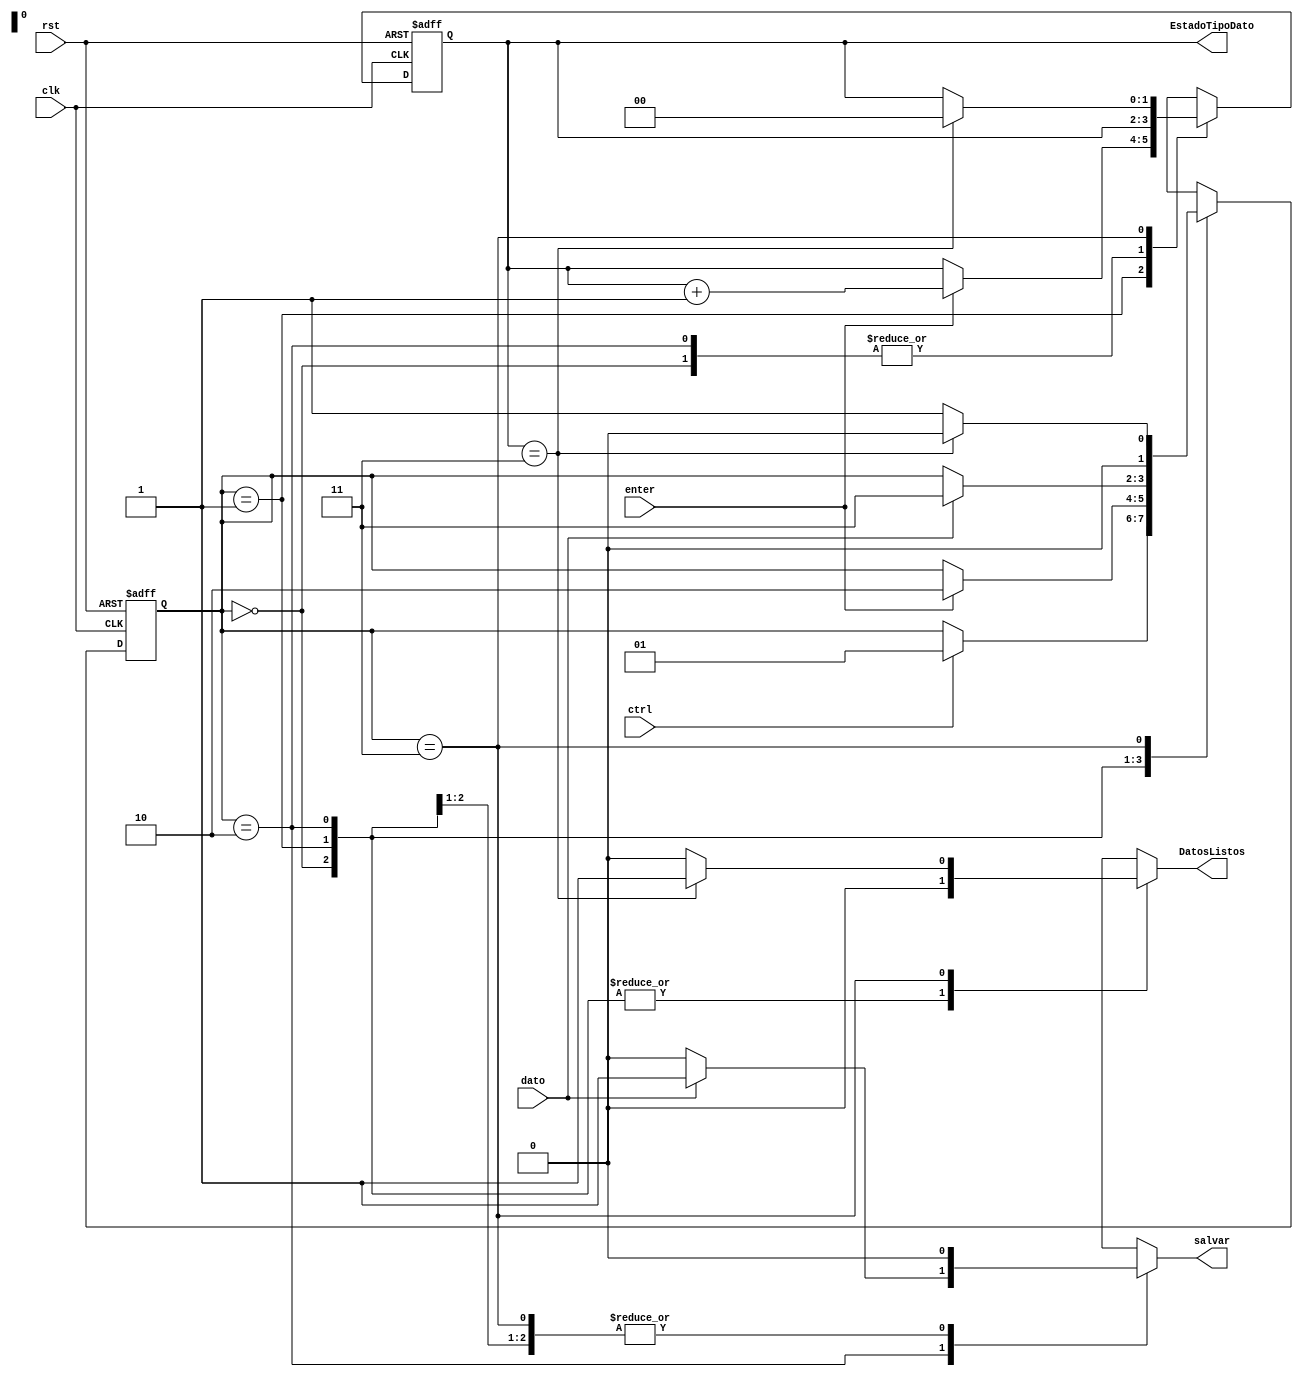
`timescale 1ns / 1ps
//////////////////////////////////////////////////////////////////////////////////
// Company: Tecnolgico de Costa Rica
// 
// Design Name: 
// Module Name:    control_ps2 
// Project Name: 
// Target Devices: 
// Tool versions: 
// Description: 
//	Mdulo encargado de diferenciar las teclas permitidas, este mdulo se encarga de establecer el protocolo 
//	entre el teclado y la unidad de deteccin de peligro.
//
// Dependencies: 
//
// Revision: 
// Revision 0.01 - File Created
// Additional Comments: 
//
//////////////////////////////////////////////////////////////////////////////////
module control_ps2(
//Variables clock y reset
	input wire clk,rst,
//Seales de control ----- dadas por el mdulo identificador de tecla
	input wire ctrl,
	input wire enter,
	input wire dato,
//--------------------------
//Salidas
	output reg salvar, // guardar dato
	output wire [1:0]EstadoTipoDato, // El tipo de dato esperado para leer y guardar
	output reg DatosListos //Seal de aviso para finalizacin de la recoleccin de datos
    );
 
 //Declaracin simblica de los estados: Inicio, Enter, Dato y Fin
	localparam [1:0]
		Inicio = 2'b00,
		Enter = 2'b01,
		Dato = 2'b10,
		Fin = 2'b11;
		
	reg [1:0] state_reg, state_next;
	//Se define el contador para generar la variable tipo de dato.
	reg [1:0] Cuenta_reg, Cuenta_next;
	 //Seal de control para determinar el fin del protocolo
	wire fin;
	//Asignacin de parada del protocolo: cuando se hayan recolectado todos los datos
	assign fin = (Cuenta_reg == 2'b11);
	//Asignacin de la salida de tipo de dato
	assign EstadoTipoDato = Cuenta_reg;
	
	//Descripcin de la mquina de estados para control
	
	//Inicio
	always @(posedge clk, posedge rst) //Sincronizacin con el clock las transiciones
			if(rst)
				begin
				Cuenta_reg <= 2'b00;
				state_reg <= Inicio;
				end
			else
			begin
				Cuenta_reg <= Cuenta_next;
				state_reg <= state_next;
			end	
			
		
		//Asignacin de las transiciones y salidas	
	always @*
		begin 
			state_next = state_reg;
			salvar = 1'b0;
			Cuenta_next = Cuenta_reg;
			DatosListos = 1'b0;
			case (state_reg)
//Se declaran las condiciones de salto para cada estado
				Inicio:
					if(ctrl)
						//si la tecla entrante corresponde a la tecla 
						//ctrl se avanza al siguiente estado
						state_next = Enter;
				
						
				Enter:
					if(enter) //si la tecla es enter se avanza al estado Dato.
						begin
						//Se realiza cuenta para cambiar el tipo de dato.
							Cuenta_next = Cuenta_reg+1'b1;
							state_next = Dato;
						end
				Dato:
					if(dato)
						begin
						//si se ingresa un dato se avanza al estado Fin
							state_next = Fin;
						//se envia un bit en alto a la salida salvar para guardar al dato
							salvar = 1'b1;
						end
				Fin:
					if(fin) //Si se encuentra en el fin del protocolo, se reinician las variables
					begin
						state_next = Inicio; //De vuelta al inicio
						DatosListos = 1'b1; // Se activa la seal de finalizacin 
						Cuenta_next = 2'h0; // Reinicio de la variable tipo de dato
					end
					//si no se cumple la condicion de finalizacion se regresa al estado de Enter.
					else
						state_next = Enter;
			endcase	
		end
	//Fin
	 
	 
	 
	 
	 
	 


endmodule